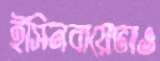
ইসিনবায়েভাও